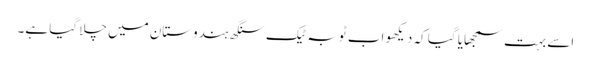
اسے بہت سمجھایا گیا کہ دیکھو اب ٹوبہ ٹیک سنگھ ہندوستان میں چلا گیا ہے۔